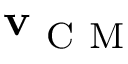
\mathbf { v } _ { \mathrm { ~ C ~ M ~ } }